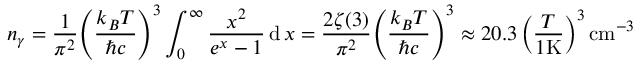
n _ { \gamma } = { \frac { 1 } { \pi ^ { 2 } } } { \left( { \frac { k _ { B } T } { \hbar c } } \right) } ^ { 3 } \int _ { 0 } ^ { \infty } { \frac { x ^ { 2 } } { e ^ { x } - 1 } } \operatorname { d } x = { \frac { 2 \zeta ( 3 ) } { \pi ^ { 2 } } } { \left( { \frac { k _ { B } T } { \hbar c } } \right) } ^ { 3 } \approx 2 0 . 3 \left( { \frac { T } { 1 { \mathrm { K } } } } \right) ^ { 3 } { \mathrm { c m } } ^ { - 3 }